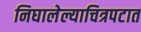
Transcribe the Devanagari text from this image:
निघालेल्याचित्रपटात